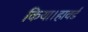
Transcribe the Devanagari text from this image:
किया।हावर्ड